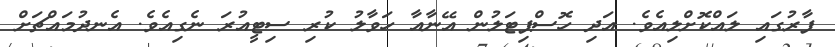
ފާރުގައި ލައްކޮށްލިއެވެ. އަދި ހޮސްޕިޓަލުން އޭނާއާ ހަވާލު ކުރި ސިޓީއުރަ ނެގިއެވެ. އެނދުމައްޗަށް